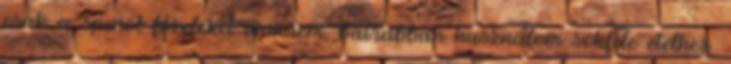
csak a spenót főzeléket ismerem, bátrabban használom sokféle ételhez.